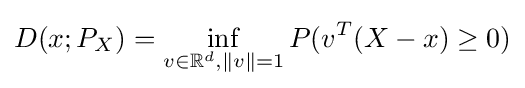
D(x;P_{X})=\inf _{v\in \mathbb {R} ^{d},\|v\|=1}P(v^{T}(X-x)\geq 0)